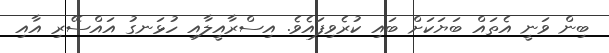
ބިން ވަނީ އެތައް ބަޔަކަށް ބައި ކުރެވިފައެވެ. އިސްރާއީލާއި ހުޅަނގު އައްސޭރި އާއި